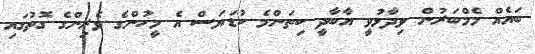
ބައެއް މެމްބަރުން ވިދާޅުވީ އާބާދީ ކިތަންމެ ކުޑަޔަސް އެ މީހުންގެ ވެރިންގެ ގޮތުގައި